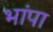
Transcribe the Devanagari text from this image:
भांपा